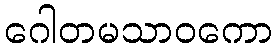
ဂေါတမသာဝကော